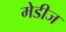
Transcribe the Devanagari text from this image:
मेडीज